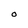
Character: O